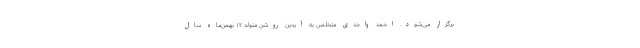
برگزار می‌شود. احمد واحدی متخلص به آیدین روشن متولد ۱۲ بهمن‌ماه سال